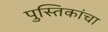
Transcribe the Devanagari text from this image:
पुस्तिकांचा